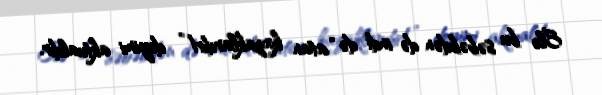
Elə bu səbəbdən də indi də “atan kazaklardır!” deyimi aktualdır.